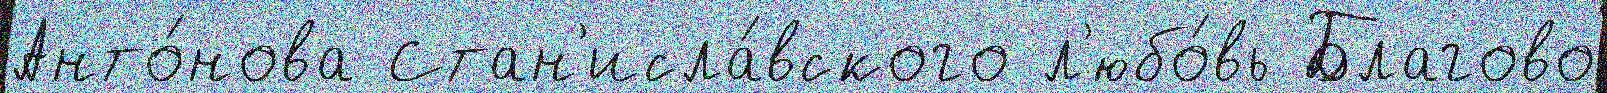
Анто́нова Стан'исла́вского л'юбо́вь Благово